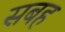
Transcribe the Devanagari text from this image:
सबह